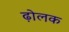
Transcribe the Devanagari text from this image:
ढ़ोलक